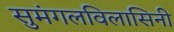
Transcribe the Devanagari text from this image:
सुमंगलविलासिनी